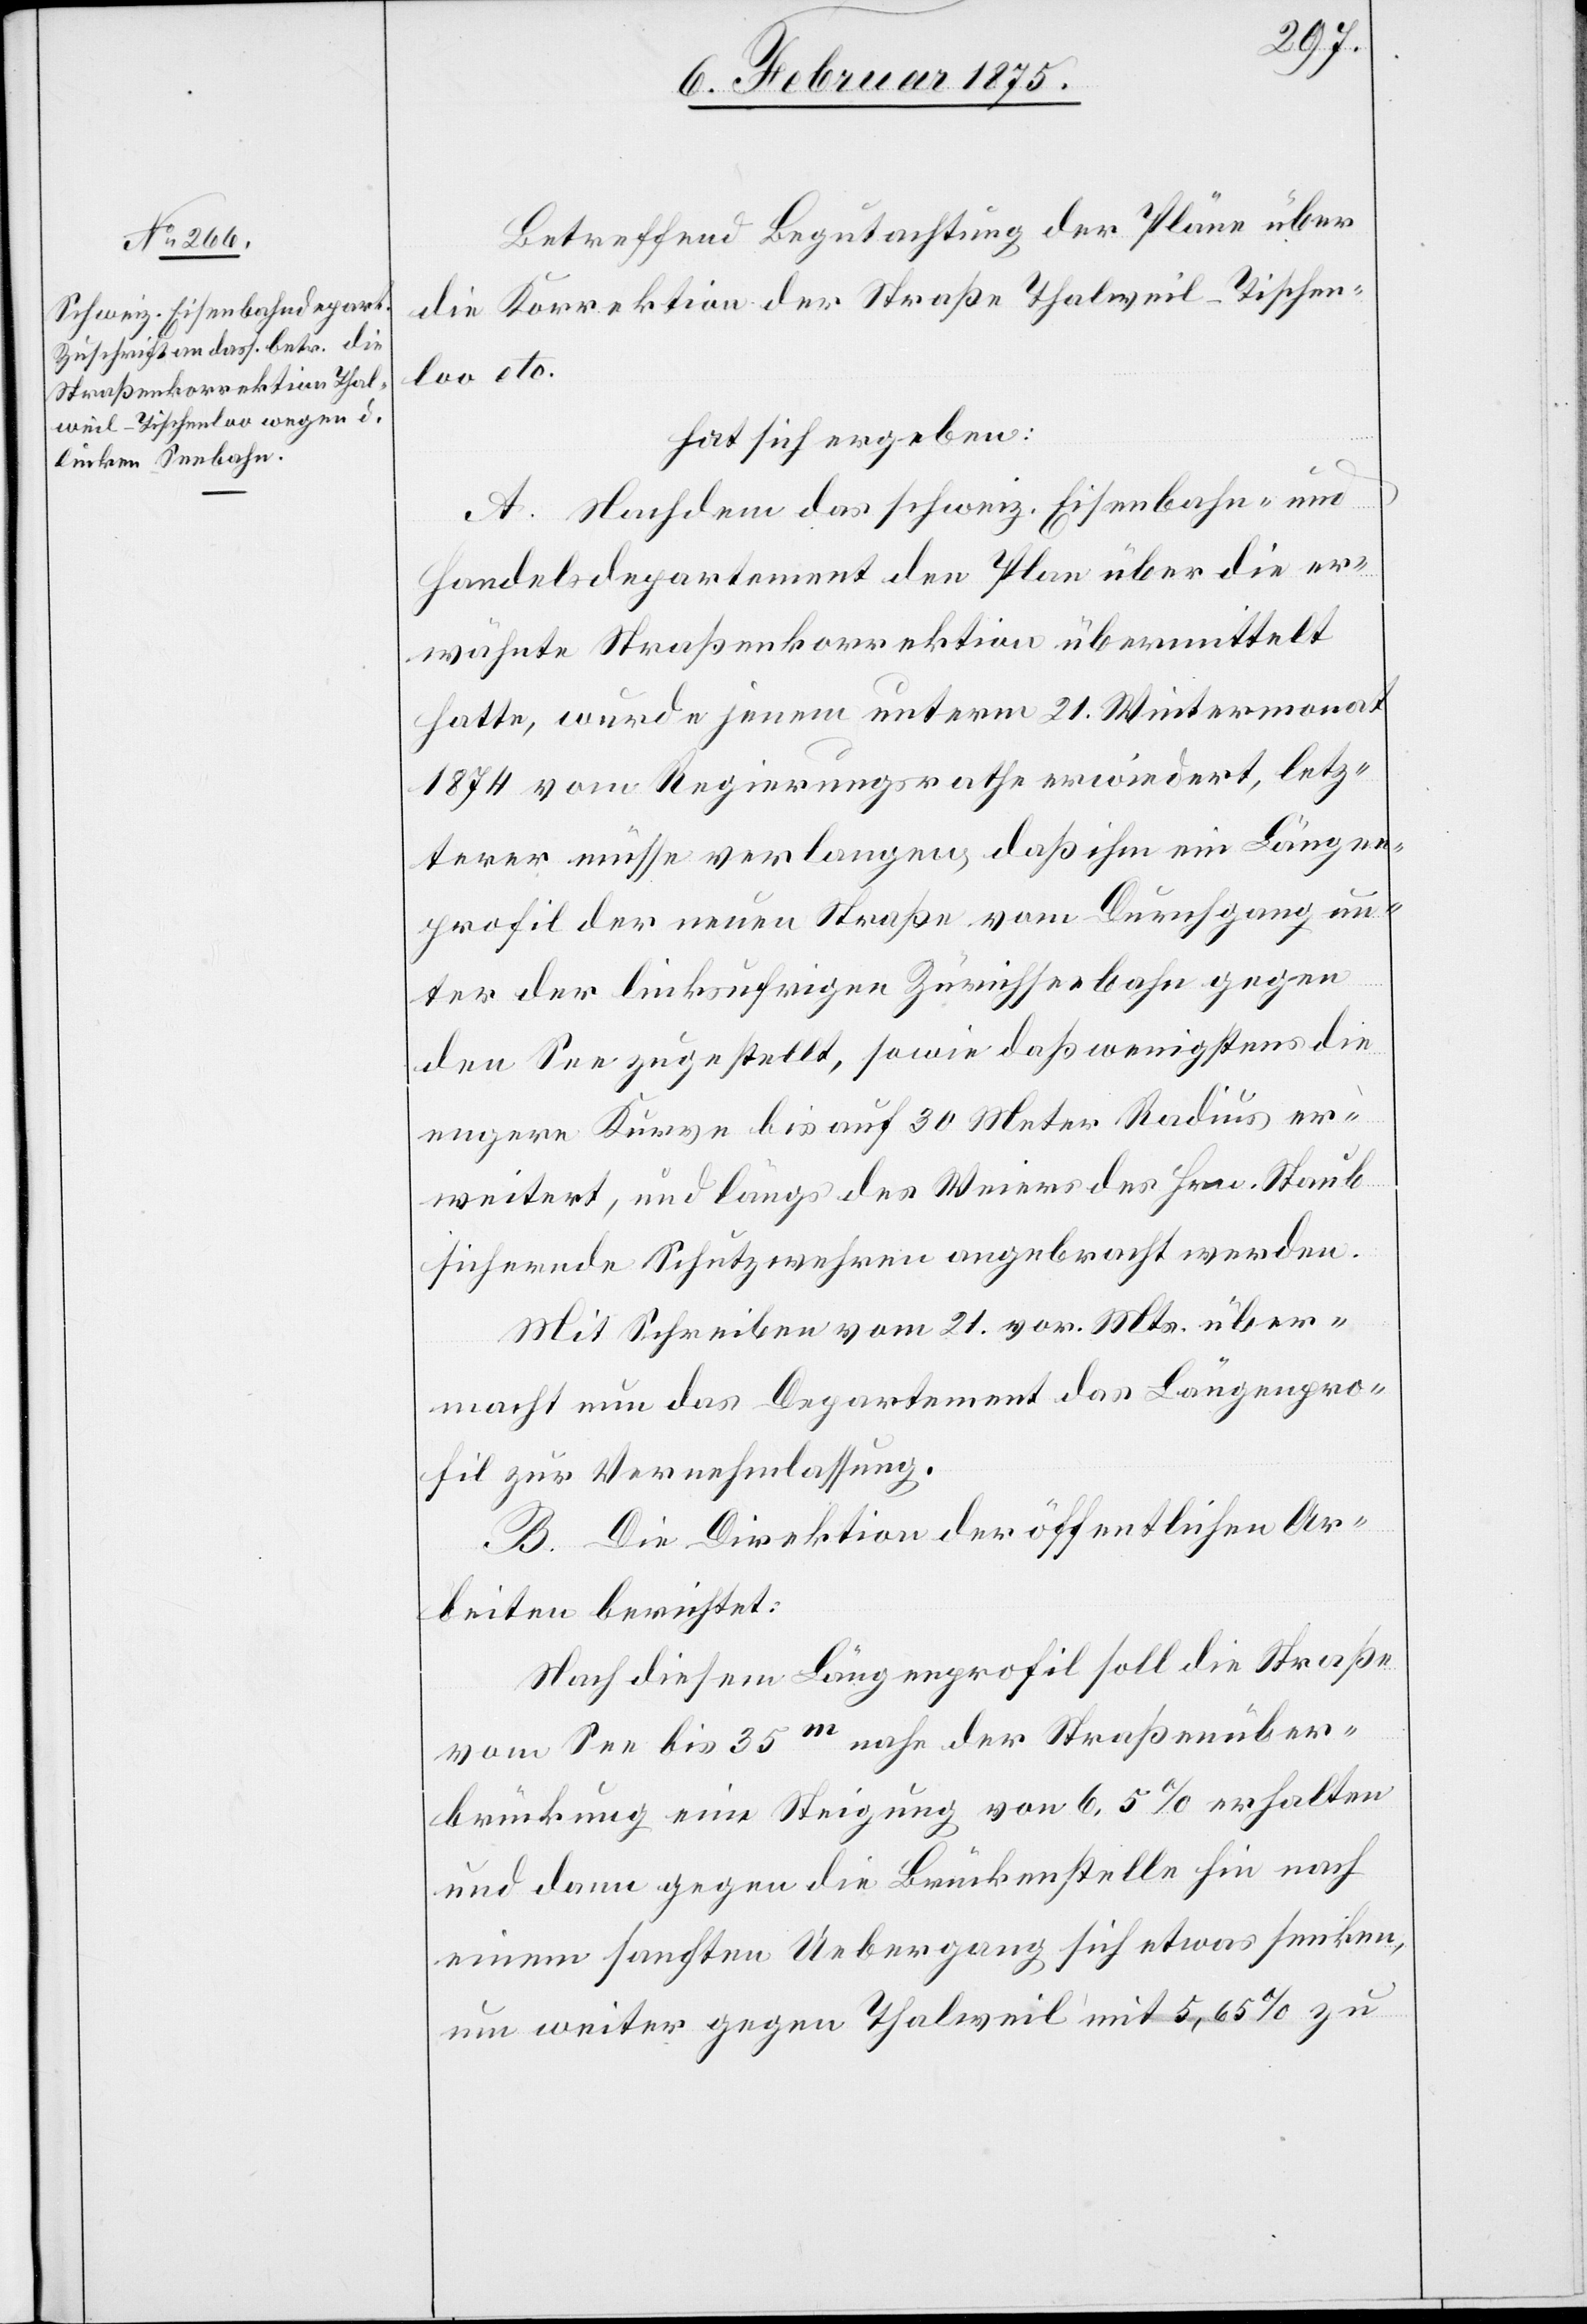
Betreffend Begutachtung der Pläne über
die Korrektion der Straße Thalweil-Tischen¬
loo etc.
hat sich ergeben:
A. Nachdem das schweiz. Eisenbahn- und
Handelsdepartement den Plan über die er¬
wähnte Straßenkorrektion übermittelt
hatte, wurde jenem unterm 21. Wintermonat
1874 vom Regierungsrathe erwiedert, letz¬
terer müsse verlangen, daß ihm ein Längen¬
profil der neuen Straße vom Durchgang un¬
ter der linksufrigen Zürichseebahn gegen
den See zugstellt, sowie daß wenigstens die
engere Kurve bis auf 30 Meter Radius er¬
weitert, und längs des Weiers des Hrn. Staub
sichernde Schutzwehren angebracht werden.
Mit Schreiben vom 21. vor. Mts. über¬
macht nun das Departement das Längenpro¬
fil zur Vernehmlassung.
B. Die Direktion der öffentlichen Ar¬
beiten berichtet:
Nach diesem Längenprofil soll die Straße
vom See bis 35m nahe der Straßenüber¬
brückung eine Steigung von 6,5% erhalten
und dann gegen die Brückenstelle hin nach
einem sanften Uebergang sich etwas senken,
um weiter gegen Thalweil mit 5,65% zu